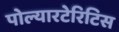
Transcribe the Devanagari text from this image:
पोल्यारटेरिटिस